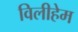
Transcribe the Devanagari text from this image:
विलीहेम